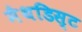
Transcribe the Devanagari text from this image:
मैथडिस्ट